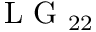
\mathrm { ~ L ~ G ~ } _ { 2 2 }